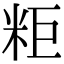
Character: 粔